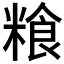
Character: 𮇯